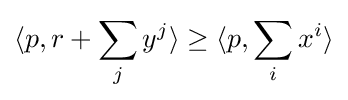
\langle p,r+\sum _{j}y^{j}\rangle \geq \langle p,\sum _{i}x^{i}\rangle